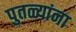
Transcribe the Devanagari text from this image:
पुतळ्यांना